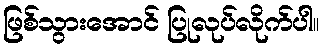
ဖြစ်သွားအောင် ပြုလုပ်လိုက်ပါ။